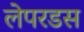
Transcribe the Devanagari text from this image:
लेपरडस